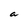
Character: a